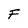
Character: F